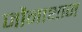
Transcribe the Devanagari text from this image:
जौनाथान